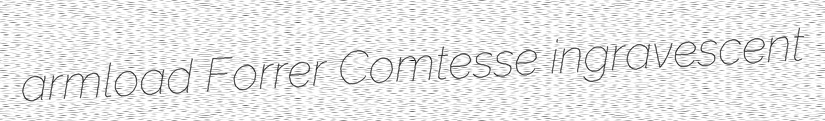
armload Forrer Comtesse ingravescent